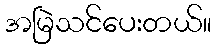
အမြဲသင်ပေးတယ်။